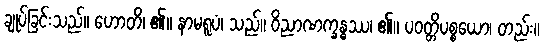
ချုပ်ခြင်းသည်။ ဟောတိ၊ ၏။ နာမရူပံ၊ သည်။ ဝိညာဏက္ခန္ဓဿ၊ ၏။ ပဝတ္တိပစ္စယော၊ တည်း။